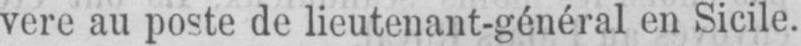
vère au poste de lieutenant-général en Sicile.